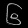
Digit: ၆